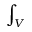
\int _ { V }